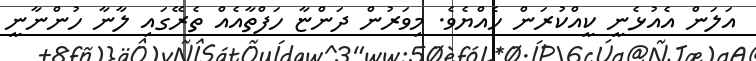
އަލަން އެއުޅެނީ ކީއްކުރަން ހެއްޔެވެ. މިވަރުން ދަންޏާ ހަފްތާއެއް ތެރޭގައި ލާނާ ހުންނާނީ